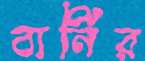
বার্নির